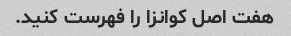
هفت اصل کوانزا را فهرست کنید.